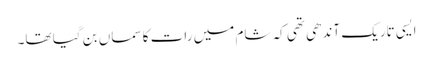
ایسی تاریک آندھی تھی کہ شام میں رات کا سماں بن گیا تھا۔